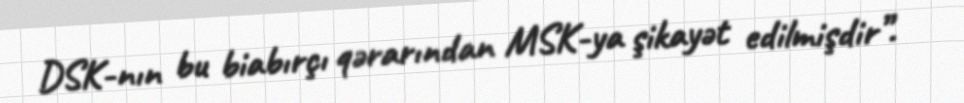
DSK-nın bu biabırçı qərarından MSK-ya şikayət edilmişdir”.